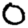
Digit: 0